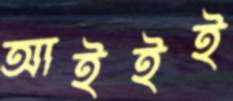
আইইই